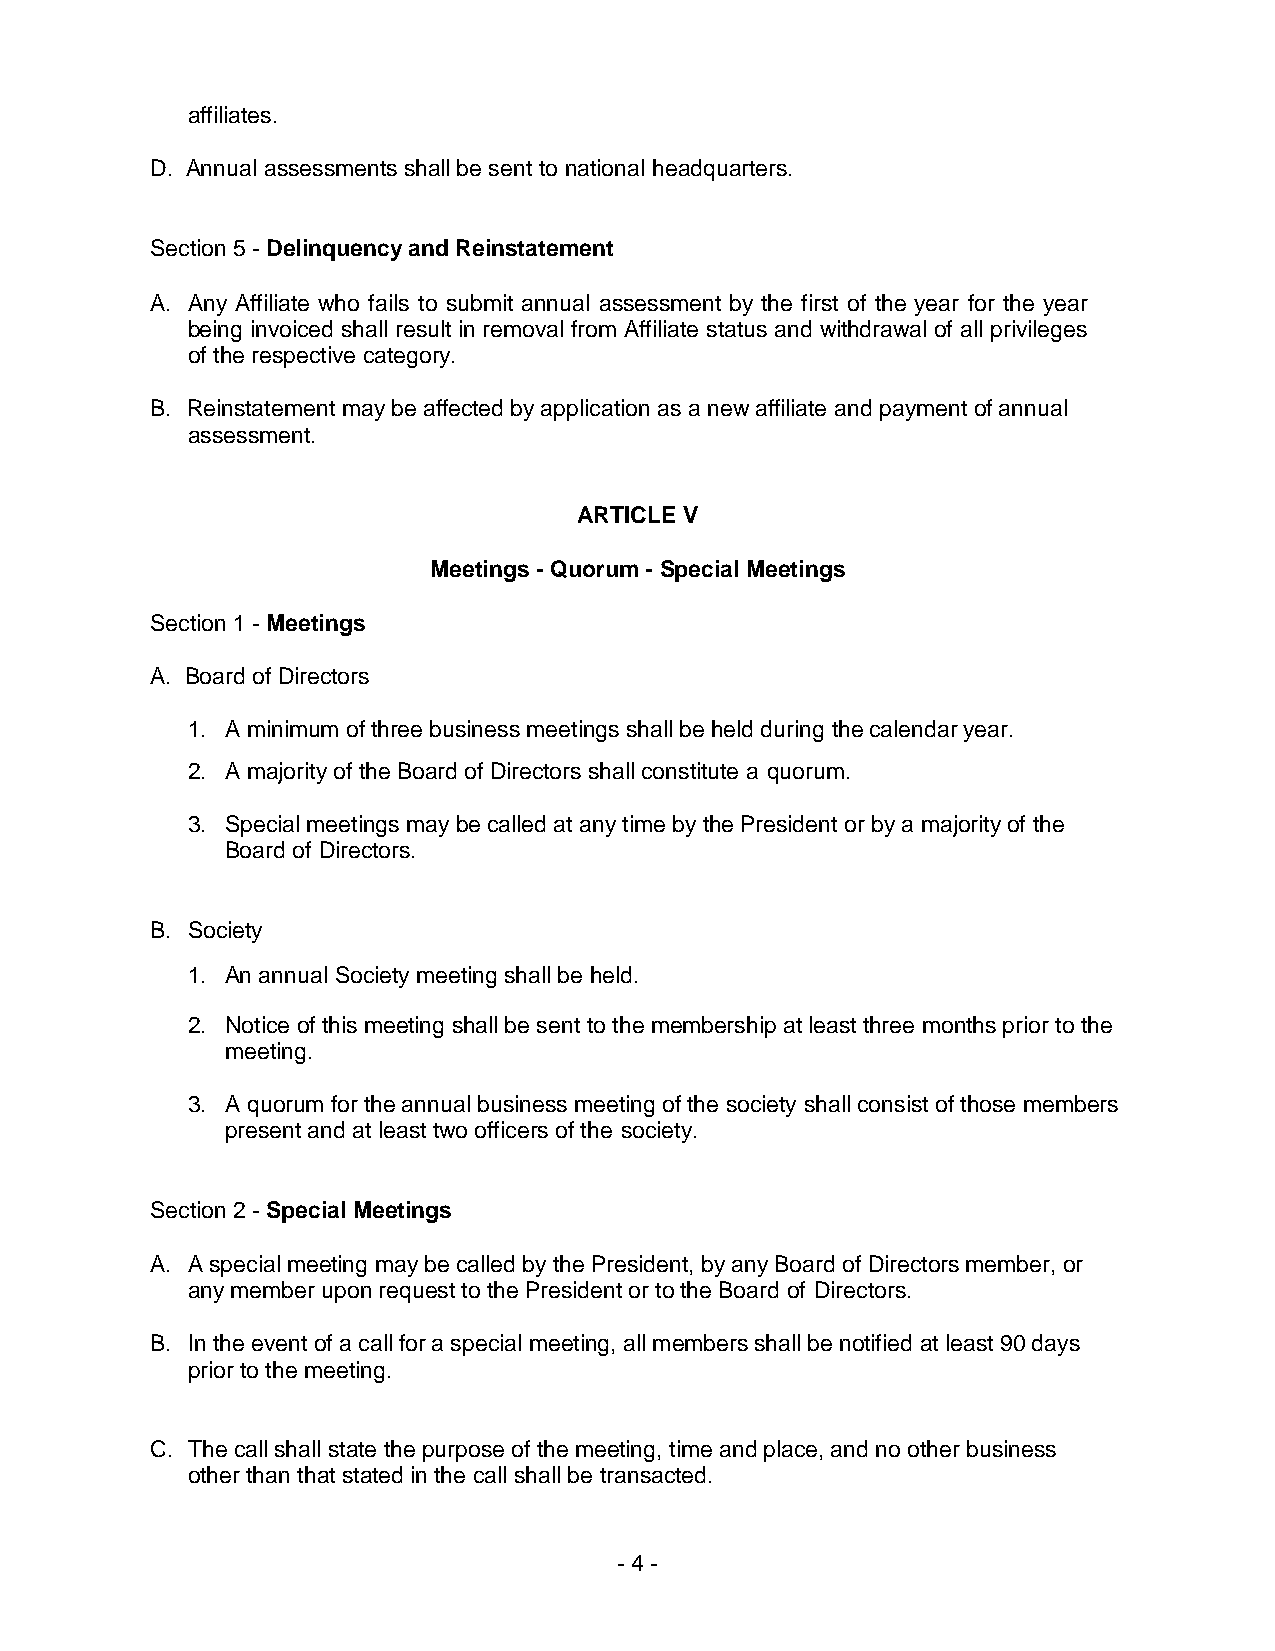
affiliates.
 D. Annual assessments shall be sent to national headquarters.
 Section 5 - Delinquency and Reinstatement
 A. Any Affiliate who fails to submit annual assessment by the first of the year for the year
 being invoiced shall result in removal from Affiliate status and withdrawal of all privileges
 of the respective category.
 B. Reinstatement may be affected by application as a new affiliate and payment of annual
 assessment.
 ARTICLE V
 Meetings - Quorum - Special Meetings
 Section 1 - Meetings
 A. Board of Directors
 1. A minimum of three business meetings shall be held during the calendar year.
 2. A majority of the Board of Directors shall constitute a quorum.
 3. Special meetings may be called at any time by the President or by a majority of the
 Board of Directors.
 B. Society
 1. An annual Society meeting shall be held.
 2. Notice of this meeting shall be sent to the membership at least three months prior to the
 meeting.
 3. A quorum for the annual business meeting of the society shall consist of those members
 present and at least two officers of the society.
 Section 2 - Special Meetings
 A. A special meeting may be called by the President, by any Board of Directors member, or
 any member upon request to the President or to the Board of Directors.
 B. In the event of a call for a special meeting, all members shall be notified at least 90 days
 prior to the meeting.
 C. The call shall state the purpose of the meeting, time and place, and no other business
 other than that stated in the call shall be transacted.
 - 4 -